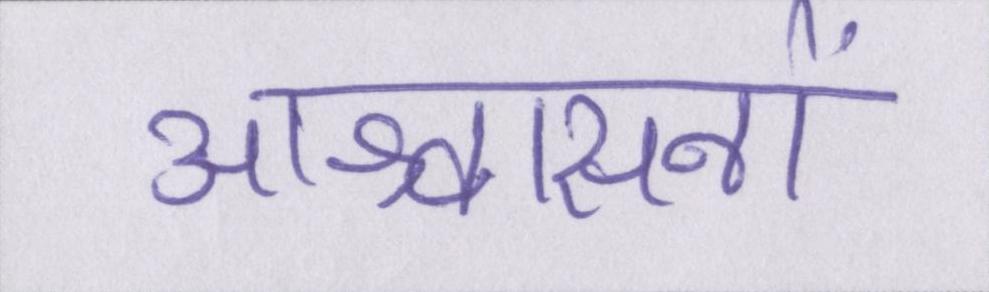
आश्वासनों